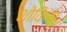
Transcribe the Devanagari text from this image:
शोकियां